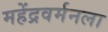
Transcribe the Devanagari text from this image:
महेंद्रवर्मनला